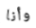
وأنا